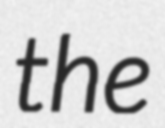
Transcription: the